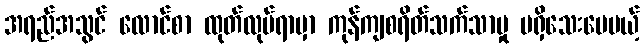
အရည်အသွင် လောင်စာ ထုတ်လုပ်ရာမှာ ကုန်ကျစရိတ်သက်သာမှု မရှိသေးပေမယ့်